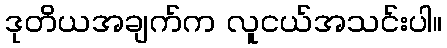
ဒုတိယအချက်က လူငယ်အသင်းပါ။